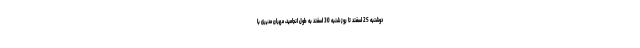
دوشنبه 25 اسفند تا روز شنبه 30 اسفند به طول انجامید، مهران مدیری با